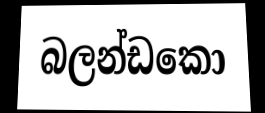
බලන්ඩකො